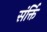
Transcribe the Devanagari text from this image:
संर्क्ति